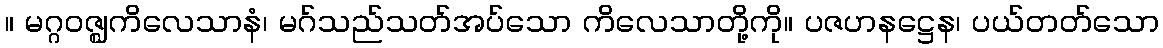
။ မဂ္ဂဝဇ္ဈကိလေသာနံ၊ မဂ်သည်သတ်အပ်သော ကိလေသာတို့ကို။ ပဇဟနဋ္ဌေန၊ ပယ်တတ်သော